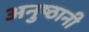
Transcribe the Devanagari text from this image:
अनुष्ठानी